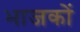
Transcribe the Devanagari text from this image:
भाजकों